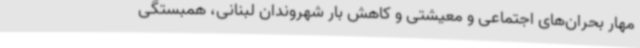
مهار بحران‌های اجتماعی و معیشتی و کاهش بار شهروندان لبنانی، همبستگی